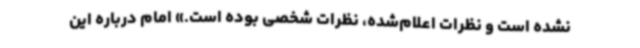
نشده است و نظرات اعلام‌شده، نظرات شخصی بوده است.» امام درباره این